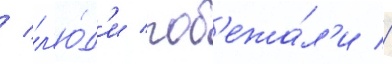
/ л'ю́д'и поб'ежа́л'и //